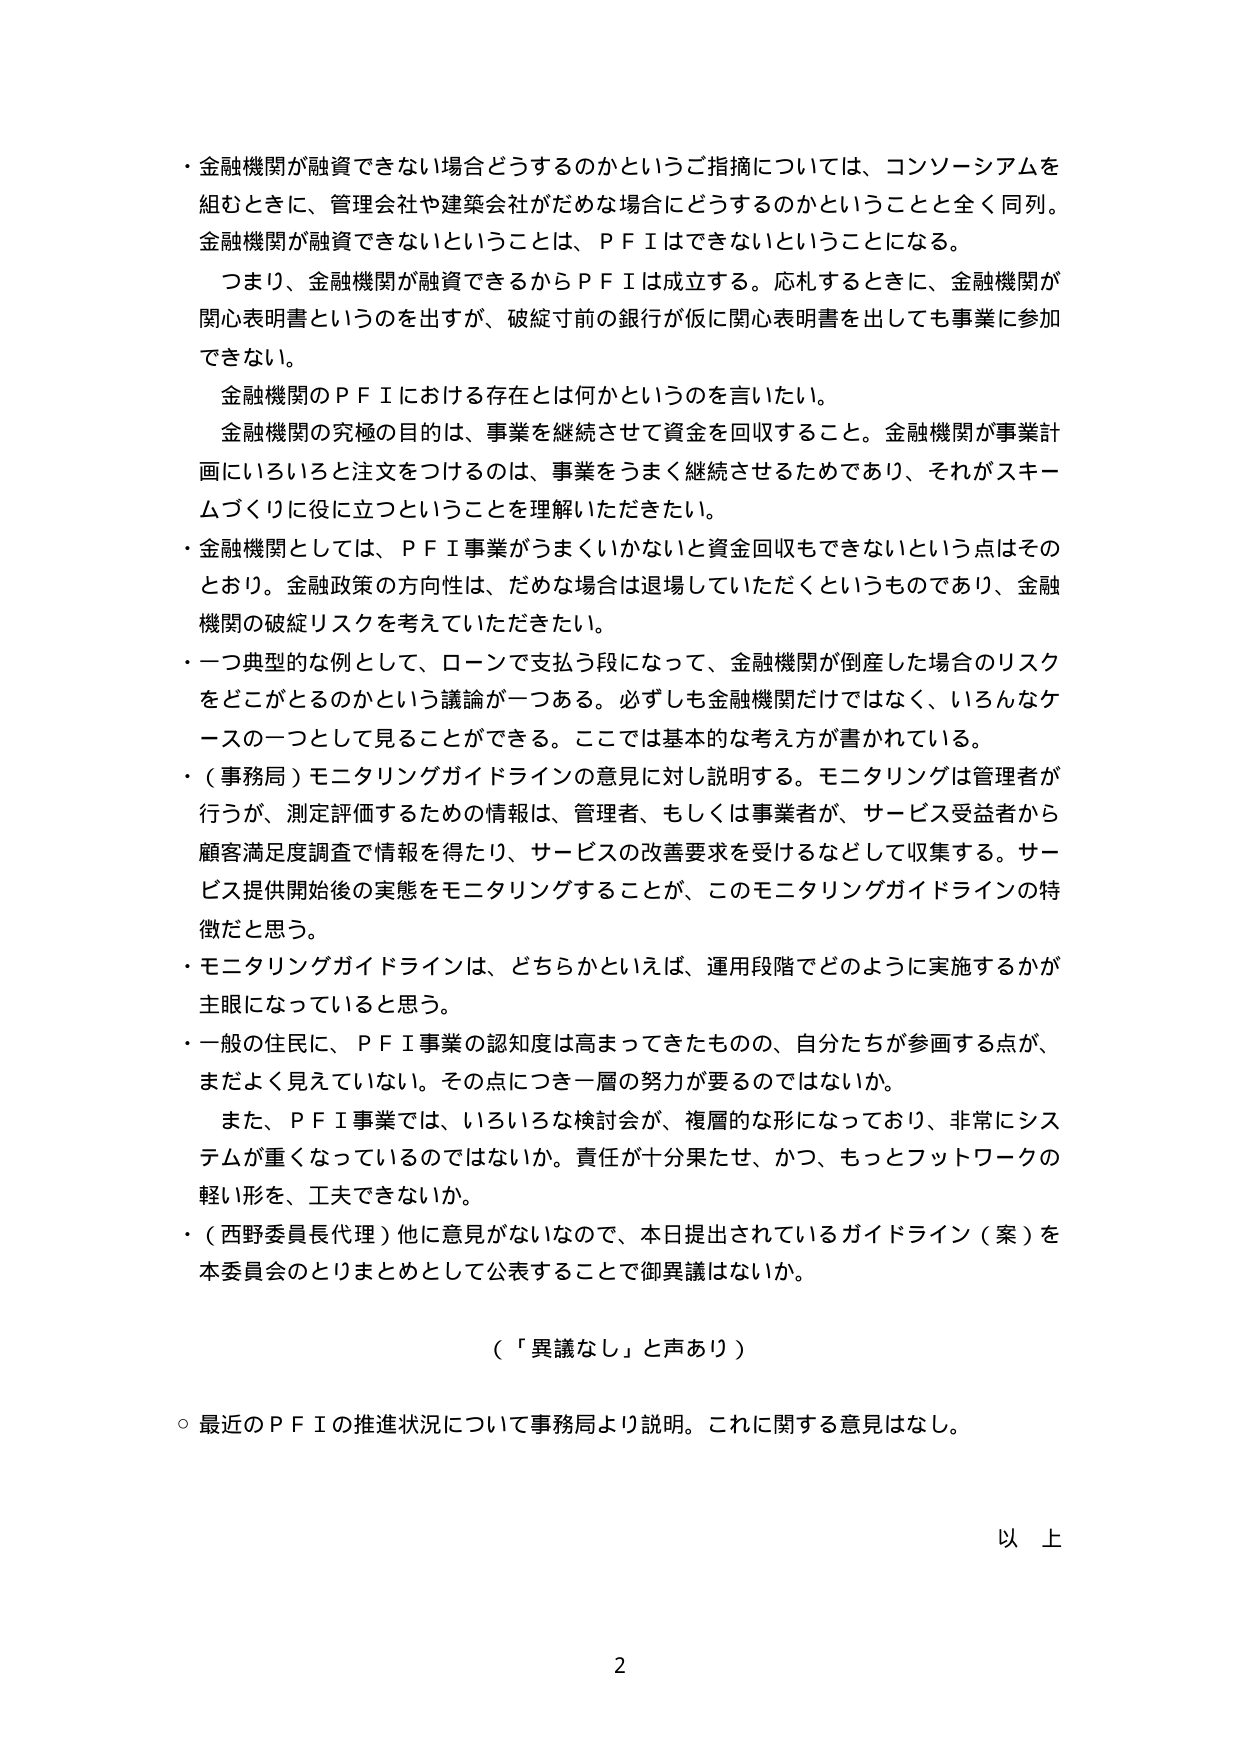
・金融機関が融資できない場合どうするのかというご指摘については、コンソーシアムを組むときに、管理会社や建築会社がだめな場合にどうするのかということと全く同列。金融機関が融資できないということは、ＰＦＩはできないということになる。

　つまり、金融機関が融資できるからＰＦＩは成立する。応札するときに、金融機関が関心表明書というのを出すが、破綻寸前の銀行が仮に関心表明書を出しても事業に参加できない。

　金融機関のＰＦＩにおける存在とは何かというのを言いたい。

　金融機関の究極の目的は、事業を継続させて資金を回収すること。金融機関が事業計画にいろいろと注文をつけるのは、事業をうまく継続させるためであり、それがスキームづくりに役に立つということを理解いただきたい。

・金融機関としては、ＰＦＩ事業がうまくいかないと資金回収もできないという点はそのとおり。金融政策の方向性は、だめな場合は退場していただくというものであり、金融機関の破綻リスクを考えていただきたい。

・一つ典型的な例として、ローンで支払う段になって、金融機関が倒産した場合のリスクをどこがとるのかという議論が一つある。必ずしも金融機関だけではなく、いろんなケースの一つとして見ることができる。ここでは基本的な考え方が書かれている。

・（事務局）モニタリングガイドラインの意見に対し説明する。モニタリングは管理者が行うが、測定評価するための情報は、管理者、もしくは事業者が、サービス受益者から顧客満足度調査で情報を得たり、サービスの改善要求を受けるなどして収集する。サービス提供開始後の実態をモニタリングすることが、このモニタリングガイドラインの特徴だと思う。

・モニタリングガイドラインは、どちらかといえば、運用段階でどのように実施するかが主眼になっていると思う。

・一般の住民に、ＰＦＩ事業の認知度は高まってきたものの、自分たちが参画する点が、まだよく見えていない。その点につき一層の努力が要るのではないか。

　また、ＰＦＩ事業では、いろいろな検討会が、複層的な形になっており、非常にシステムが重くなっているのではないか。責任が十分果たせ、かつ、もっとフットワークの軽い形を、工夫できないか。

・（西野委員長代理）他に意見がないので、本日提出されているガイドライン（案）を本委員会のとりまとめとして公表することで御異議はないか。

　（「異議なし」と声あり）

○最近のＰＦＩの推進状況について事務局より説明。これに関する意見はなし。

　　　　　　　　　　　　　　　　　　　　　　　　　　　　　　　　　　　　　以　上

　　　　　　　　　　　　　　　　　　　　　　　　　　　　　　　　　　　　　　2